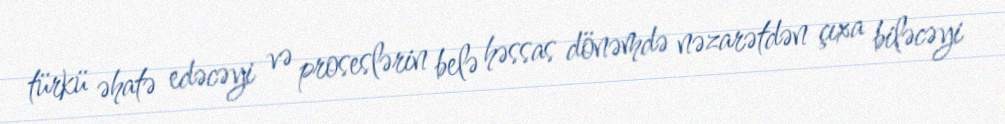
türkü əhatə edəcəyi və proseslərin belə həssas dönəmdə nəzarətdən çıxa biləcəyi